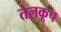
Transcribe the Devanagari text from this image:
तेलकूप